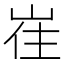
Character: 𡸌